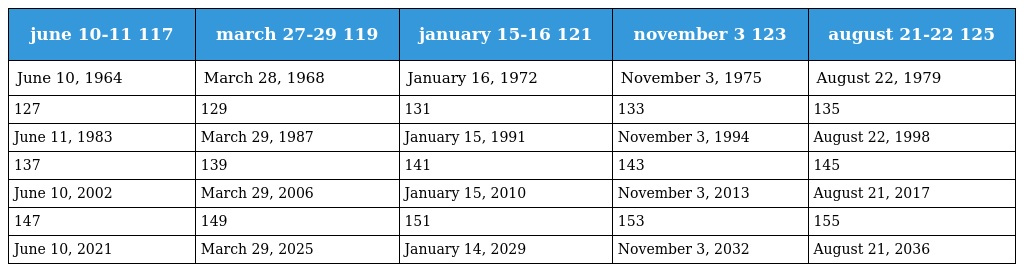
| june 10-11 117 | march 27-29 119 | january 15-16 121 | november 3 123 | august 21-22 125 |
 | --- | --- | --- | --- | --- |
 | June 10, 1964 | March 28, 1968 | January 16, 1972 | November 3, 1975 | August 22, 1979 |
 | 127 | 129 | 131 | 133 | 135 |
 | June 11, 1983 | March 29, 1987 | January 15, 1991 | November 3, 1994 | August 22, 1998 |
 | 137 | 139 | 141 | 143 | 145 |
 | June 10, 2002 | March 29, 2006 | January 15, 2010 | November 3, 2013 | August 21, 2017 |
 | 147 | 149 | 151 | 153 | 155 |
 | June 10, 2021 | March 29, 2025 | January 14, 2029 | November 3, 2032 | August 21, 2036 |